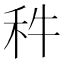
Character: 𥝫